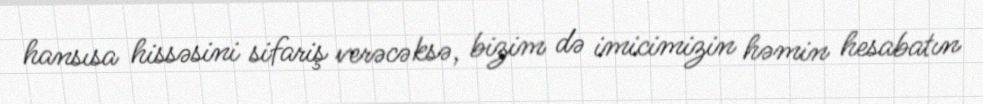
hansısa hissəsini sifariş verəcəksə, bizim də imicimizin həmin hesabatın